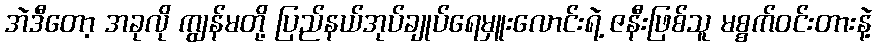
အဲဒီတော့ အခုလို ကျွန်မတို့ ပြည်နယ်အုပ်ချုပ်ရေမှူးလောင်းရဲ့ ဇနီးဖြစ်သူ မစ္စက်ဝင်းတားနဲ့